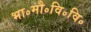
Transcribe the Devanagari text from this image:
भा॰मौ॰वि॰वि॰